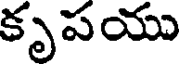
కృపయు